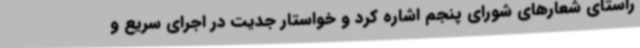
راستای شعارهای شورای پنجم اشاره کرد و خواستار جدیت در اجرای سریع و